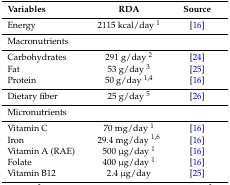
<table><thead><tr><td><b>Variables</b></td><td><b>RDA</b></td><td><b>Source</b></td></tr></thead><tbody><tr><td>Energy</td><td>2115 kcal/day <sup>1</sup></td><td>[16]</td></tr><tr><td>Macronutrients</td><td></td><td></td></tr><tr><td>Carbohydrates</td><td>291 g/day <sup>2</sup></td><td>[24]</td></tr><tr><td>Fat</td><td>53 g/day <sup>3</sup></td><td>[25]</td></tr><tr><td>Protein</td><td>50 g/day <sup>1,4</sup></td><td>[16]</td></tr><tr><td>Dietary fiber</td><td>25 g/day <sup>5</sup></td><td>[26]</td></tr><tr><td>Micronutrients</td><td></td><td></td></tr><tr><td>Vitamin C</td><td>70 mg/day <sup>1</sup></td><td>[16]</td></tr><tr><td>Iron</td><td>29.4 mg/day <sup>1,6</sup></td><td>[16]</td></tr><tr><td>Vitamin A (RAE)</td><td>500 μg/day <sup>1</sup></td><td>[16]</td></tr><tr><td>Folate</td><td>400 μg/day <sup>1</sup></td><td>[16]</td></tr><tr><td>Vitamin B12</td><td>2.4 μg/day</td><td>[25]</td></tr></tbody></table>